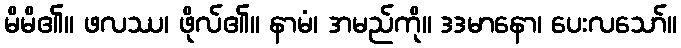
မိမိ၏။ ဖလဿ၊ ဖိုလ်၏။ နာမံ၊ အမည်ကို။ ဒဒမာနော၊ ပေးလသော်။